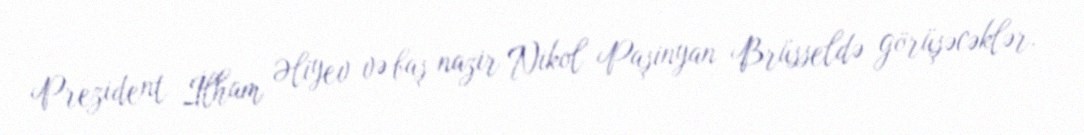
Prezident İlham Əliyev və baş nazir Nikol Paşinyan Brüsseldə görüşəcəklər.